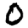
Digit: 0